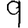
Digit: 9